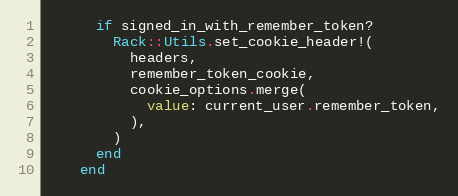
Language: Ruby
      if signed_in_with_remember_token?
        Rack::Utils.set_cookie_header!(
          headers,
          remember_token_cookie,
          cookie_options.merge(
            value: current_user.remember_token,
          ),
        )
      end
    end